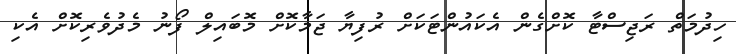
ހިދުމަތް ރަޖިސްޓާ ކޮށްގެން އެކައުންޓަކަށް ރުފިޔާ ޖަމާކޮށް މޮބައިލް ފޯނު މެދުވެރިކޮށް އެކި